Annual administration report of the Civil Veterinary Department, Sind - 1945-1946
Year: 1945
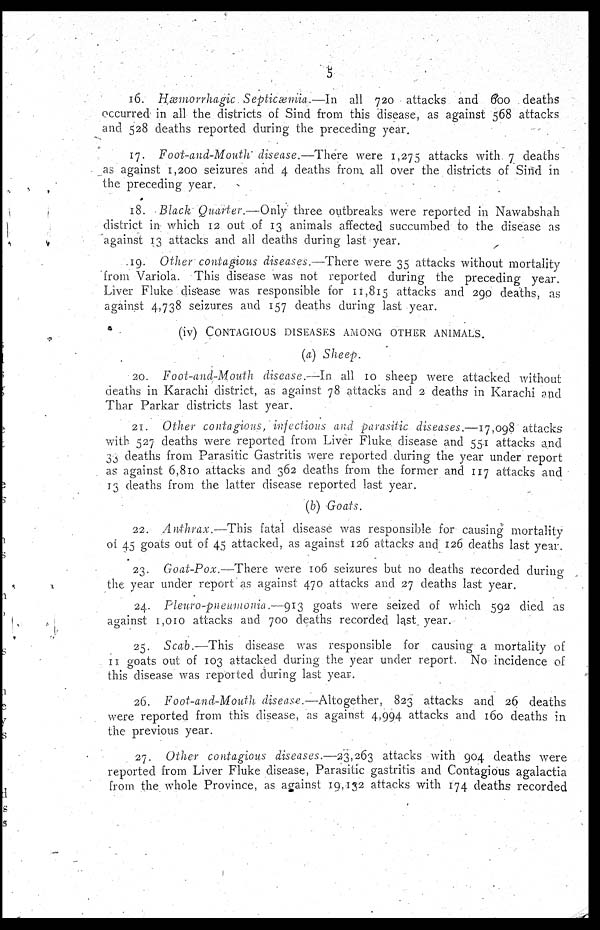
5
16. Hæmorrhagic Septicæmia.—In all 720 attacks and 600 deaths
occurred in all the districts of Sind from this disease, as against 568 attacks
and 528 deaths reported during the preceding year.
17. Foot-and-Mouth disease.—There were 1,275 attacks with 7 deaths
as against 1,200 seizures and 4 deaths from all over the districts of Sind in
the preceding year.
18. Black Quarter.—Only three outbreaks were reported in Nawabshah
district in which 12 out of 13 animals affected succumbed to the disease as
against 13 attacks and all deaths during last year.
19. Other contagious diseases.—There were 35 attacks without mortality
from Variola. This disease was not reported during the preceding year.
Liver Fluke disease was responsible for 11,815 attacks and 290 deaths, as
against 4,738 seizures and 157 deaths during last year.
(iv) CONTAGIOUS DISEASES AMONG OTHER ANIMALS.
(a) Sheep.
20. Foot-and-Mouth disease.—In all 10 sheep were attacked without
deaths in Karachi district, as against 78 attacks and 2 deaths in Karachi and
Thar Parkar districts last year.
21. Other contagious, infectious and parasitic diseases.—17,098 attacks
with 527 deaths were reported from Liver Fluke disease and 551 attacks and
33 deaths from Parasitic Gastritis were reported during the year under report
as against 6,810 attacks and 362 deaths from the former and 117 attacks and
13 deaths from the latter disease reported last year.
(b) Goats.
22. Anthrax.—This fatal disease was responsible for causing mortality
of 45 goats out of 45 attacked, as against 126 attacks and 126 deaths last year.
23. Goat-Pox.—There were 106 seizures but no deaths recorded during
the year under report as against 470 attacks and 27 deaths last year.
24. Fleuro-pueumonia.—913 goats were seized of which 592 died as
against 1,010 attacks and 700 deaths recorded last year.
25. Scab.—This disease was responsible for causing a mortality of
11 goats out of 103 attacked during the year under report No incidence of
this disease was reported during last year.
26. Foot-and-Mouth disease.—Altogether, 823 attacks and 26 deaths
were reported from this disease, as against 4,994 attacks and 160 deaths in
the previous year.
27. Other contagious diseases.—23,263 attacks with 904 deaths were
reported from Liver Fluke disease, Parasitic gastritis and Contagious agalactia
from the whole Province, as against 19,132 attacks with 174 deaths recorded